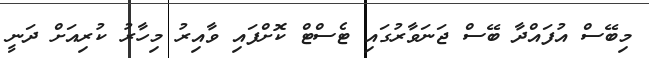
މިބޭސް އުފައްދާ ބޭސް ޖަނަވާރުގައި ޓެސްޓް ކޮށްފައި ވާއިރު މިހާރު ކުރިއަށް ދަނީ